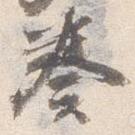
奏